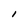
Character: I